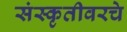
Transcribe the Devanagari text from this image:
संस्कृतीवरचे